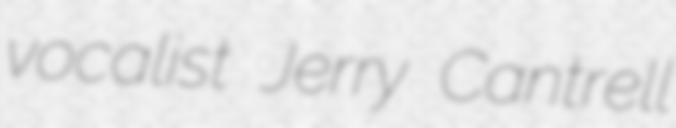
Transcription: vocalist Jerry Cantrell